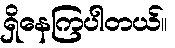
ရှိနေကြပါတယ်။